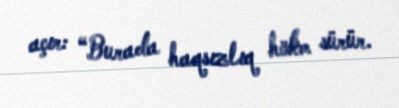
açır: “Burada haqsızlıq hökm sürür.